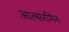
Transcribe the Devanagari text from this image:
आल्सरमिन